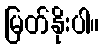
မြတ်နိုးပါ။